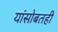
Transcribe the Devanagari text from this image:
यांसोबतही